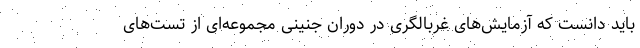
باید دانست که آزمایش‌های غربالگری در دوران جنینی مجموعه‌ای از تست‌های